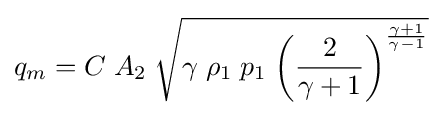
q_{m}=C\;A_{2}\;{\sqrt {\gamma \;\rho _{1}\;p_{1}\;{\bigg (}{\frac {2}{\gamma +1}}{\bigg )}^{\frac {\gamma +1}{\gamma -1}}}}